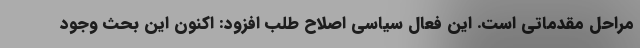
مراحل مقدماتی است. این فعال سیاسی اصلاح طلب افزود: اکنون این بحث وجود